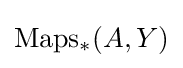
\mathrm {Maps_{*}} (A,Y)